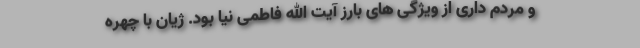
و مردم داری از ویژگی های بارز آیت الله فاطمی نیا بود. ژیان با چهره